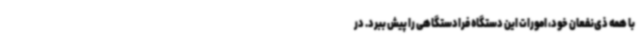
با همه ذی‌نفعان خود، امورات این دستگاه فرادستگاهی را پیش ببرد. در